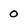
Character: 0